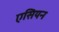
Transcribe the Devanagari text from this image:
एसियन